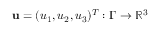
\mathbf u = ( u _ { 1 } , u _ { 2 } , u _ { 3 } ) ^ { T } : \Gamma \to \mathbb { R } ^ { 3 }